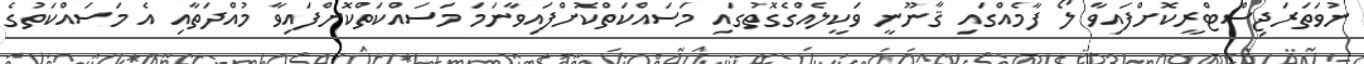
ނުވަތަރަޖިސްޓްރީކޮށްފައިވާ ލޯ ފާމެއްގައި ޤާނޫނީ ވަކީލެއްގެގޮތުގައި މަސައްކަތްކޮށްފައިވާނަމަ މަސައްކަތްކޮށްފައިވާ މުއްދަތާއި އެ މަސައްކަތުގެ